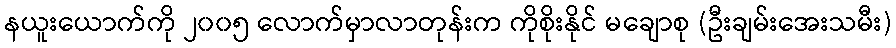
နယူးယောက်ကို ၂၀၀၅ လောက်မှာလာတုန်းက ကိုစိုးနိုင် မချောစု (ဦးချမ်းအေးသမီး)